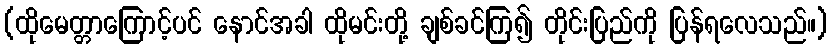
(ထိုမေတ္တာကြောင့်ပင် နောင်အခါ ထိုမင်းတို့ ချစ်ခင်ကြ၍ တိုင်းပြည်ကို ပြန်ရလေသည်။)